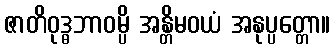
ဇာတိဝုဒ္ဓဘာဝမ္ပိ အန္တိမဝယံ အနုပ္ပတ္တော။